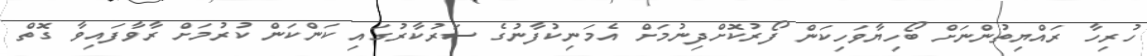
ހުރިހާ ރައްޔިތުންނަށް ބޯހިޔާވަހިކަން ފޯރުކޮށްދިނުމަށް އެމަނިކުފާނުގެ ސަރުކާރުގައި ކަންކަން ކުރުމަށް ރާވާފައިވާ ގޮތް